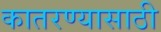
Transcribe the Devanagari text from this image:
कातरण्यासाठी